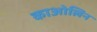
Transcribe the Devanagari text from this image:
काओलिन